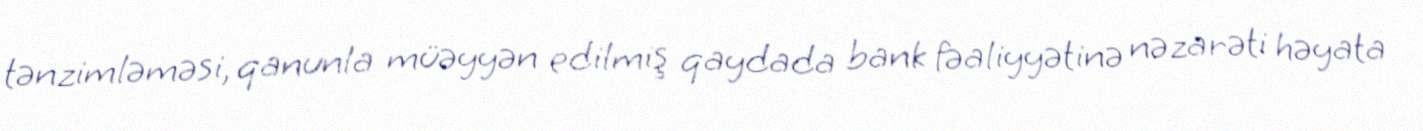
tənzimləməsi, qanunla müəyyən edilmiş qaydada bank fəaliyyətinə nəzarəti həyata